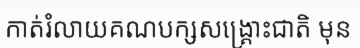
កាត់រំលាយគណបក្សសង្គ្រោះជាតិ មុន